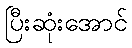
ပြီးဆုံးအောင်